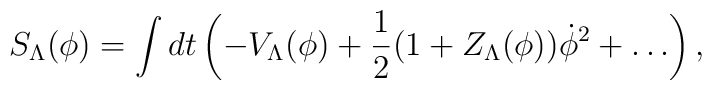
S_{\Lambda}(\phi)=\int dt \left ( - V_{\Lambda}(\phi) + {1\over 2}(1+Z_{\Lambda}(\phi ))\dot\phi^2 + \ldots \right) ,